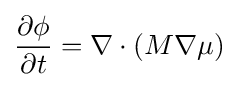
{\frac {\partial \phi }{\partial t}}=\nabla \cdot (M\nabla \mu )